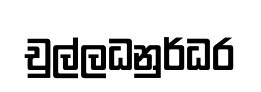
චුල්ලධනුර්ධර